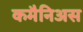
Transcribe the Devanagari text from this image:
कमैनिअस